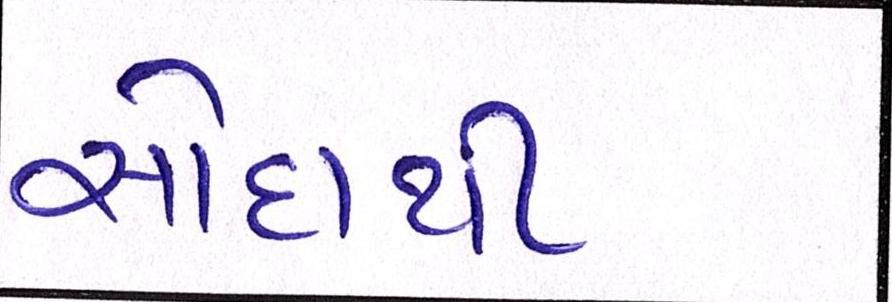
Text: સોદાથી